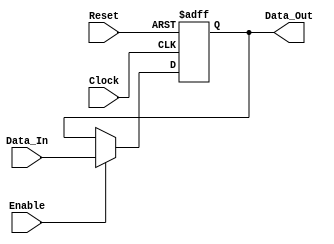
module single_register(
    output reg [15:0] Data_Out,
    input wire [15:0] Data_In,
    input wire Enable, Reset, Clock
);

    always @ (posedge Clock or negedge Reset)
        begin
            if (!Reset)
                Data_Out <= 16'h0;
            else
                if (Enable == 1)
                    Data_Out <= Data_In;
        end

endmodule

module bus_16_bit (
    output wire [15:0] RegA, RegB, RegC, RegD,
    input wire [15:0] Data_Bus,
    input wire A_EN, B_EN, C_EN, D_EN, Reset, Clock
);

    single_register register_A(.Data_Out(RegA), .Data_In(Data_Bus), .Enable(A_EN), .Reset(Reset), .Clock(Clock));
    single_register register_B(.Data_Out(RegB), .Data_In(Data_Bus), .Enable(B_EN), .Reset(Reset), .Clock(Clock));
    single_register register_C(.Data_Out(RegC), .Data_In(Data_Bus), .Enable(C_EN), .Reset(Reset), .Clock(Clock));
    single_register register_D(.Data_Out(RegD), .Data_In(Data_Bus), .Enable(D_EN), .Reset(Reset), .Clock(Clock));

endmodule

module tb_bus_16_bit();

wire [15:0] rega, regb, regc, regd;
reg [15:0] data_bus;
reg a_en, b_en, c_en, d_en, reset, clock;

bus_16_bit comp_1(.RegA(rega), .RegB(regb), .RegC(regc), .RegD(regd), .Data_Bus(data_bus), .A_EN(a_en), .B_EN(b_en), .C_EN(c_en), .D_EN(d_en), .Reset(reset), .Clock(clock));

// Clock
initial
    begin
        clock = 1'b0;
    end

always
    begin
        #1 clock = ~clock;
    end

// Reset
initial
    begin
        reset = 1'b0;
        #1 reset = 1'b1;
    end

// Enable
initial
    begin
        a_en = 1'b0;
        b_en = 1'b0;
        c_en = 1'b0;
        d_en = 1'b0;
    end

initial
    begin
        $dumpfile("bus_16_bit.vcd");
        $dumpvars(0, tb_bus_16_bit);
        data_bus = 16'hA;
        #1 a_en = 1'b1;
        #1 a_en = 1'b0;
        #1 b_en = 1'b1;
        #1 b_en = 1'b0;
        #1 c_en = 1'b1;
        #1 c_en = 1'b0;
        #1 d_en = 1'b1;
        #1 d_en = 1'b0;
        $finish;
    end

endmodule